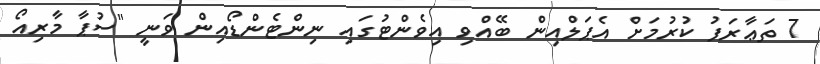
7 ތަޢާރަފު ކުރުމަށް އެޕަލްއިން ބޭއްވި އިވެންޓުގައި ނިންޓެންޑޯއިން ވަނީ "ސުޕާ މާރިއޯ